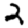
Digit: 2